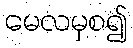
မေလမှစ၍